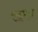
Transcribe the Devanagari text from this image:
राइमन